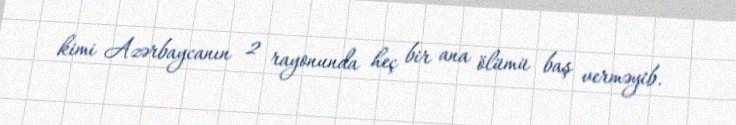
kimi Azərbaycanın 2 rayonunda heç bir ana ölümü baş verməyib.